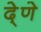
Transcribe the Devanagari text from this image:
दे्णे